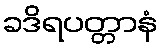
ခဒိရပတ္တာနံ